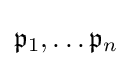
{\mathfrak {p}}_{1},\ldots {\mathfrak {p}}_{n}